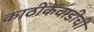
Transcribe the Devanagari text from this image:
काठीकवाडीची